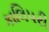
કાલિપરી